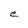
Character: e